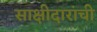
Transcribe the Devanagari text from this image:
साक्षीदारांची